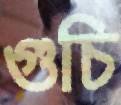
গুচি